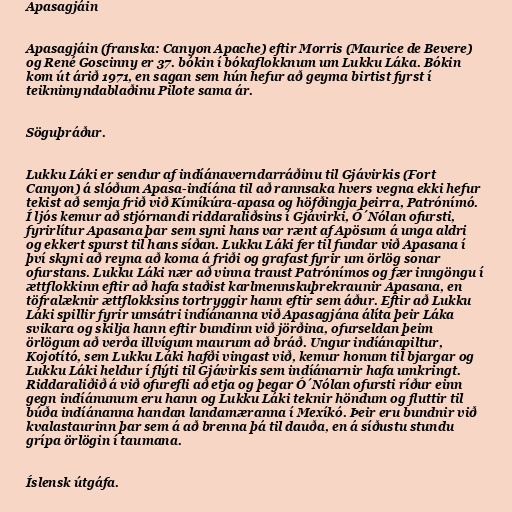
Apasagjáin

Apasagjáin (franska: Canyon Apache) eftir Morris (Maurice de Bevere)
og René Goscinny er 37. bókin í bókaflokknum um Lukku Láka. Bókin
kom út árið 1971, en sagan sem hún hefur að geyma birtist fyrst í
teiknimyndablaðinu Pilote sama ár.

Söguþráður.

Lukku Láki er sendur af indíánaverndarráðinu til Gjávirkis (Fort
Canyon) á slóðum Apasa-indíána til að rannsaka hvers vegna ekki hefur
tekist að semja frið við Kímíkúra-apasa og höfðingja þeirra, Patrónímó.
Í ljós kemur að stjórnandi riddaraliðsins í Gjávirki, Ó´Nólan ofursti,
fyrirlítur Apasana þar sem syni hans var rænt af Apösum á unga aldri
og ekkert spurst til hans síðan. Lukku Láki fer til fundar við Apasana í
því skyni að reyna að koma á friði og grafast fyrir um örlög sonar
ofurstans. Lukku Láki nær að vinna traust Patrónímos og fær inngöngu í
ættflokkinn eftir að hafa staðist karlmennskuþrekraunir Apasana, en
töfralæknir ættflokksins tortryggir hann eftir sem áður. Eftir að Lukku
Láki spillir fyrir umsátri indíánanna við Apasagjána álíta þeir Láka
svikara og skilja hann eftir bundinn við jörðina, ofurseldan þeim
örlögum að verða illvígum maurum að bráð. Ungur indíánapiltur,
Kojotító, sem Lukku Láki hafði vingast við, kemur honum til bjargar og
Lukku Láki heldur í flýti til Gjávirkis sem indíánarnir hafa umkringt.
Riddaraliðið á við ofurefli að etja og þegar Ó´Nólan ofursti ríður einn
gegn indíánunum eru hann og Lukku Láki teknir höndum og fluttir til
búða indíánanna handan landamæranna í Mexíkó. Þeir eru bundnir við
kvalastaurinn þar sem á að brenna þá til dauða, en á síðustu stundu
grípa örlögin í taumana.

Íslensk útgáfa.